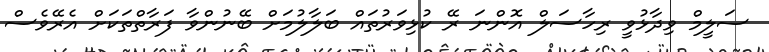
ސަލީމް ވިދާޅުވީ ރިހާސަލް އޮންނަ ރޭ ކުޅިވަރުތައް ބަލާލުމަށް ބޭނުންވާ ފަރާތްތަކަށް އެރޭވެސް